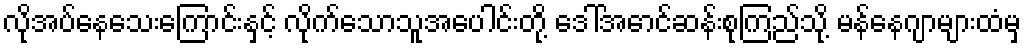
လိုအပ်နေသေးကြောင်းနှင့် လိုက်သောသူအပေါင်းတို့ ဒေါ်အောင်ဆန်းစုကြည်သို့ မန်နေဂျာများထံမှ